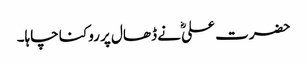
حضرت علیؓ نے ڈھال پر روکنا چاہا۔